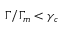
\Gamma / \Gamma _ { m } < \gamma _ { c }